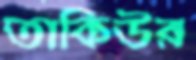
তাকিউর